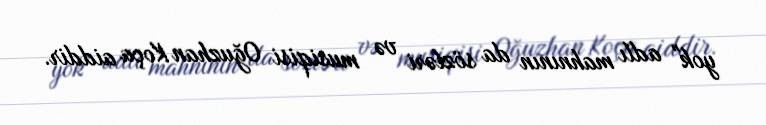
yok" adlı mahnının da sözləri və musiqisi Oğuzhan Koça aiddir.